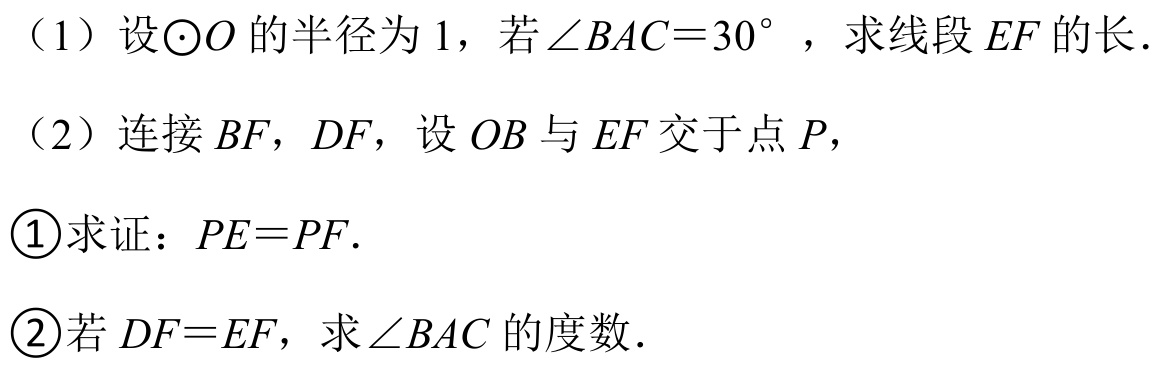
（1）设\(\odot O\)的半径为\(1\)，若\(\angle BAC = 30^{\circ}\)，求线段\(EF\)的长.
（2）连接\(BF\)，\(DF\)，设\(OB\)与\(EF\)交于点\(P\)，
\textcircled{1}求证：\(PE = PF\).
\textcircled{2}若\(DF = EF\)，求\(\angle BAC\)的度数.